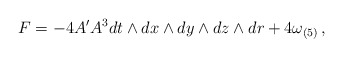
\begin{align*}F =- 4 A'A^{3}dt\wedge dx\wedge dy \wedge dz \wedge dr + 4 \omega_{(5)} \, ,\end{align*}